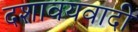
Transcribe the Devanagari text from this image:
दशावयवादी